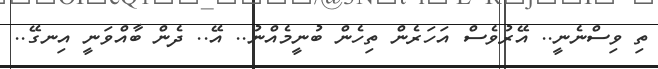
ތި ވިސްނެނީ.. އޭރުވެސް އަހަރެން ތިހެން ބުނީމެއްނު.. އޭ.. ދެން ބާއްވަނީ އިނގޭ..